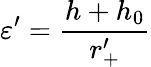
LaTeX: \varepsilon^{\prime}=\frac{h+h_{0}}{r_{+}^{\prime}}